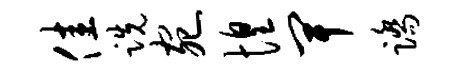
佳跣宛惶卑踏